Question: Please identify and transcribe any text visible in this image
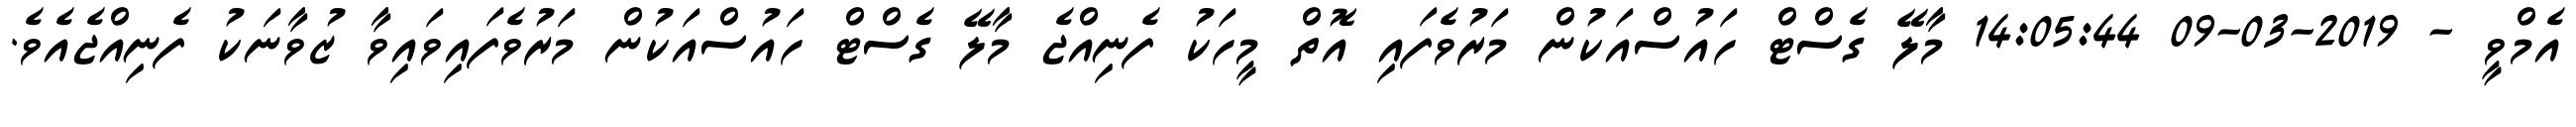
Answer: އެމްވީ - 2019-03-09 14:05:44 މާލޭ ގެސްޓް ހައުސްއަކުން މަރުވެފައި އޮތް މީހަކު ފެނިއްޖެ މާލޭ ގެސްޓް ހައުސްއަކުން މަރުވެފައިވައިވާ ޒުވާނަކު ފެނިއްޖެއެވެ.